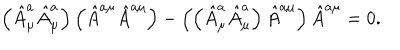
LaTeX: \left( \hat { A } _ { \mu } ^ { a } \hat { A } _ { \mu } ^ { a } \right) \left( \hat { A } ^ { a \mu } \hat { A } ^ { a \mu } \right) - \left( \left( \hat { A } _ { \mu } ^ { a } \hat { A } _ { \mu } ^ { a } \right) \hat { A } ^ { a \mu } \right) \hat { A } ^ { a \mu } = 0 .